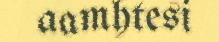
aamhtesi